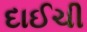
દાઈચી